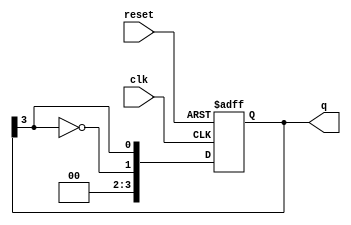
module johnson_counter #(parameter N = 4) (
    input wire clk,
    input wire reset,
    output reg [N-1:0] q
);

// Sequential logic for Johnson counter with reset
always @(posedge clk or posedge reset) begin
    if (reset) begin
        // Asynchronous reset: set counter to zero
        q <= {N{1'b0}}; // Initialize all bits to 0
    end else begin
        // Johnson counter logic
        q <= {~q[N-1], q[N-1:N-1]}; // Shift and feedback
    end
end

endmodule